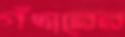
গঁদারের